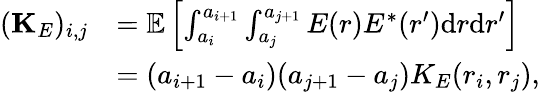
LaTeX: \begin{array}{rl}{({\mathbf K}_{E})_{i,j}}&{={\mathbb E}\left[\int_{a_{i}}^{a_{i+1}}\int_{a_{j}}^{a_{j+1}}E(r)E^{*}(r^{\prime})\mathrm{d}r\mathrm{d}r^{\prime}\right]}\\ &{=(a_{i+1}-a_{i})(a_{j+1}-a_{j})K_{E}(r_{i},r_{j}),}\end{array}